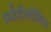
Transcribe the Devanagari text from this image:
स्पॉँडीलोसिस